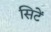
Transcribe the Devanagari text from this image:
सिटें